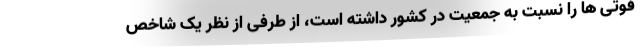
فوتی ها را نسبت به جمعیت در کشور داشته است، از طرفی از نظر یک شاخص